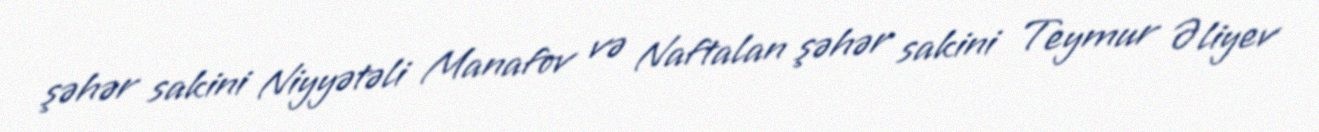
şəhər sakini Niyyətəli Manafov və Naftalan şəhər sakini Teymur Əliyev